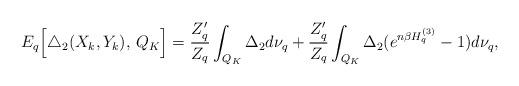
LaTeX: \begin{align*} E_q \Bigl[ \triangle_2(X_k, Y_k) , \, Q_K \Bigr] = \frac{Z_q^{\prime}}{Z_q} \int_{Q_K} \Delta_2 d \nu_q + \frac{Z_q^{\prime}}{Z_q} \int_{Q_K} \Delta_2 ( e^{n\beta H_q^{(3)}} - 1) d\nu_q,\end{align*}